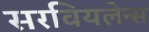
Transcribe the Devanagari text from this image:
सरवियलेन्स